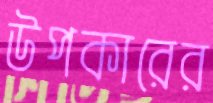
উপকারের